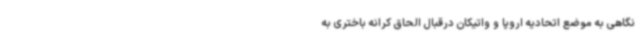
نگاهی به موضع اتحادیه اروپا و واتیکان درقبال الحاق کرانه باختری به